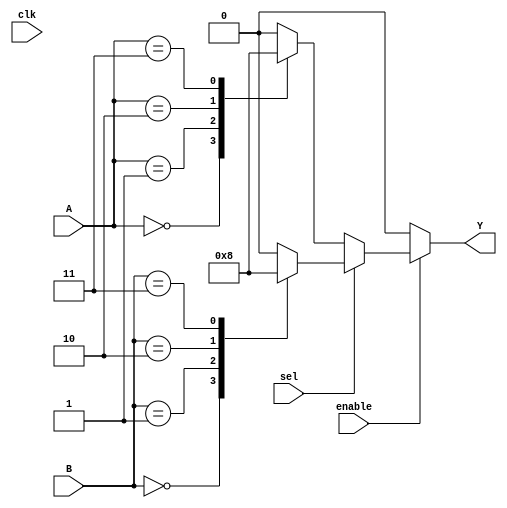
module CLB (
    input wire [3:0] A,        // 4 input signals for LUT
    input wire [3:0] B,        // Another set of 4 input signals for a second LUT
    input wire sel,            // Multiplexer select signal
    input wire clk,            // Clock signal for control
    input wire enable,         // Enable signal for output
    output wire Y              // Output signal
);

// LUT configuration (truth table) for LUT1
reg [15:0] lut1; // 4-input LUT can represent 2^4 = 16 entries
always @(*) begin
    case (A)
        4'b0000: lut1 = 16'b0000000000000001; // Example: A = 0 -> Output = 1
        4'b0001: lut1 = 16'b0000000000000010; // Example: A = 1 -> Output = 2
        4'b0010: lut1 = 16'b0000000000000100; // Example: A = 2 -> Output = 4
        4'b0011: lut1 = 16'b0000000000001000; // Example: A = 3 -> Output = 8
        // Add more cases as needed for other combinations
        default: lut1 = 16'b0000000000000000; // Default case
    endcase
end

// LUT configuration (truth table) for LUT2
reg [15:0] lut2; // 4-input LUT can represent 2^4 = 16 entries
always @(*) begin
    case (B)
        4'b0000: lut2 = 16'b0000000000000001; // Example: B = 0 -> Output = 1
        4'b0001: lut2 = 16'b0000000000000010; // Example: B = 1 -> Output = 2
        4'b0010: lut2 = 16'b0000000000000100; // Example: B = 2 -> Output = 4
        4'b0011: lut2 = 16'b0000000000001000; // Example: B = 3 -> Output = 8
        // Add more cases as needed for other combinations
        default: lut2 = 16'b0000000000000000; // Default case
    endcase
end

// Multiplexer to select between LUT1 and LUT2 outputs
wire [3:0] lut_output;
assign lut_output = sel ? lut2[3:0] : lut1[3:0];

// Output signal with enable control
assign Y = enable ? lut_output : 4'b0000; // If enabled, output LUT result; otherwise, output 0

endmodule